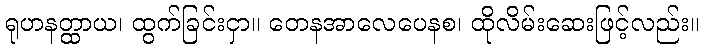
ရုဟနတ္ထာယ၊ ထွက်ခြင်းငှာ။ တေနအာလေပေနစ၊ ထိုလိမ်းဆေးဖြင့်လည်း။